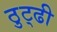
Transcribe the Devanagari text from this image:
ठुट्ढी